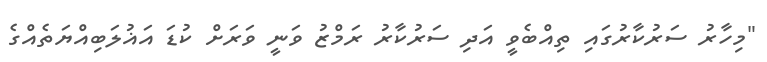
"މިހާރު ސަރުކާރުގައި ތިއްބެވީ އަދި ސަރުކާރު ރަމްޒު ވަނީ ވަރަށް ކުޑަ އަޣުލަބިއްޔަތެއްގެ